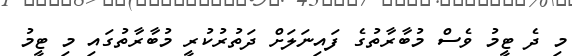
މި ދެ ޓީމު ވެސް މުބާރާތުގެ ފައިނަލަށް ދަތުރުކުރީ މުބާރާތުގައި މި ޓީމު